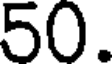
50.